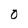
Character: 0